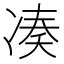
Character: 凑